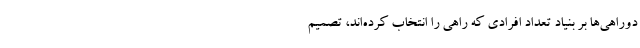
دوراهی‌ها بر بنیاد تعداد افرادی که راهی را انتخاب کرده‌اند، تصمیم